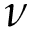
\nu